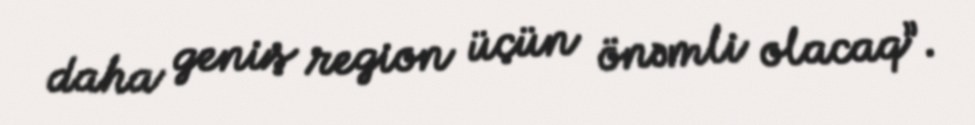
daha geniş region üçün önəmli olacaq”.